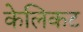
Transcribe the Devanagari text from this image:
केलिकट